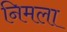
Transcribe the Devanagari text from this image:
निमला